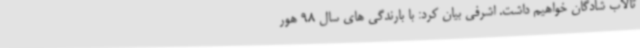
تالاب شادگان خواهیم داشت. اشرفی بیان کرد: با بارندگی های سال 98 هور